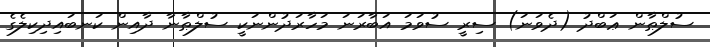
ސުލްޠާން ޢަބްދު (ދެވަނަ) ސިރީ ސުވަމަ އަބާރަނަ މަހާރަދުންނަކީ ސުލްޠާނާ ދާއިން ކަނބައިދިކިލެގެ